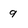
Character: 9